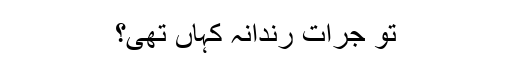
تو جرات رندانہ کہاں تھی؟